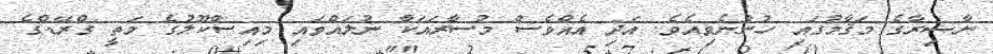
ނާޟިރާގެ މަޤާމުގައި ހުންނެވިއެވެ. އަދި އެއްވެސް މުސާރައަކާ ނުލައްވައި މިއިސްކޫލުގެ މަތީ ގްރޭޑްގެ